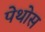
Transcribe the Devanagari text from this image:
पेथोस